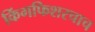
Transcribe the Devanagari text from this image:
किंगफिशरचाच